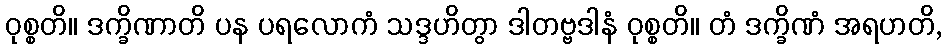
ဝုစ္စတိ။ ဒက္ခိဏာတိ ပန ပရလောကံ သဒ္ဒဟိတွာ ဒါတဗ္ဗဒါနံ ဝုစ္စတိ။ တံ ဒက္ခိဏံ အရဟတိ,